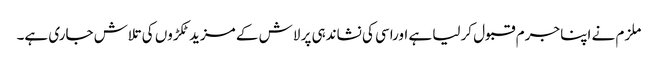
ملزم نے اپنا جرم قبول کرلیا ہے اوراسی کی نشاندہی پر لاش کے مزید ٹکڑوں کی تلاش جاری ہے۔